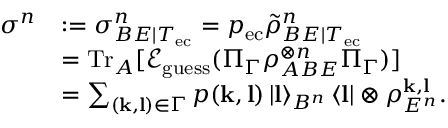
\begin{array} { r l } { \sigma ^ { n } } & { : = \sigma _ { B E | T _ { \mathrm { e c } } } ^ { n } = p _ { \mathrm { e c } } \tilde { \rho } _ { B E | T _ { \mathrm { e c } } } ^ { n } } \\ & { = \mathrm { T r } _ { A } [ \mathcal { E } _ { \mathrm { g u e s s } } ( \Pi _ { \Gamma } \rho _ { A B E } ^ { \otimes n } \Pi _ { \Gamma } ) ] } \\ & { = \sum _ { ( \mathbf { k } , \mathbf { l } ) \in \Gamma } p ( \mathbf { k } , \mathbf { l } ) \left\vert \mathbf { l } \right\rangle _ { B ^ { n } } \left\langle \mathbf { l } \right\vert \otimes \rho _ { E ^ { n } } ^ { \mathbf { k } , \mathbf { l } } . } \end{array}